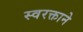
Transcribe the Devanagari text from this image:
स्‍वरक्ताने